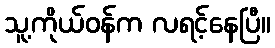
သူ့ကိုယ်ဝန်က လရင့်နေပြီ။